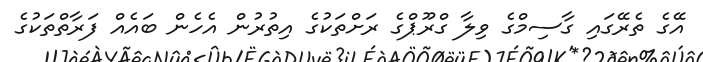
އޭގެ ތެރޭގައި ގާސިމްގެ ވިލާ ގްރޫޕްގެ ރަށްތަކުގެ އިތުރުން އެހެން ބައެއް ފަރާތްތަކުގެ